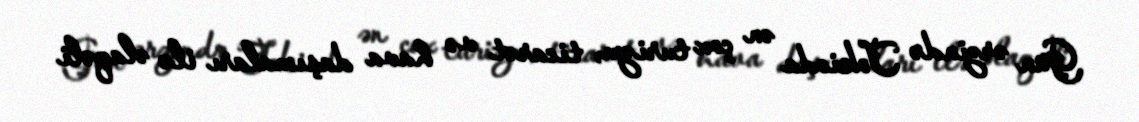
Gün ərzində Tokioda ən çox turizm, ticarət və hava daşımaları ilə əlaqəli